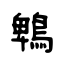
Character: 鵯